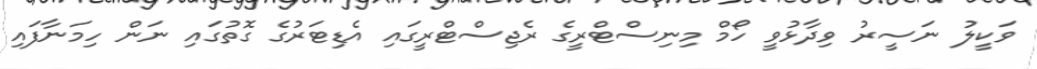
ވަކީލު ނަސީރު ވިދާޅުވީ ހޯމް މިނިސްޓްރީގެ ރެޖިސްޓްރީގައި އެޑިޓަރުގެ ގޮތުގައި ނަން ހިމަނާފައި